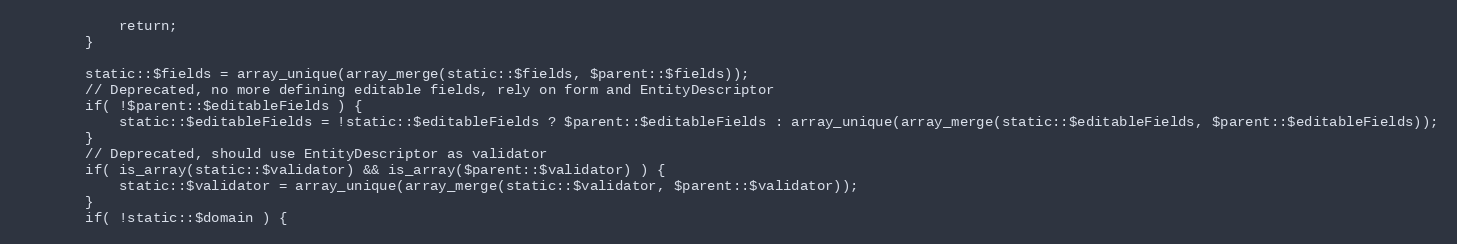
Language: PHP
			return;
		}

		static::$fields = array_unique(array_merge(static::$fields, $parent::$fields));
		// Deprecated, no more defining editable fields, rely on form and EntityDescriptor
		if( !$parent::$editableFields ) {
			static::$editableFields = !static::$editableFields ? $parent::$editableFields : array_unique(array_merge(static::$editableFields, $parent::$editableFields));
		}
		// Deprecated, should use EntityDescriptor as validator
		if( is_array(static::$validator) && is_array($parent::$validator) ) {
			static::$validator = array_unique(array_merge(static::$validator, $parent::$validator));
		}
		if( !static::$domain ) {